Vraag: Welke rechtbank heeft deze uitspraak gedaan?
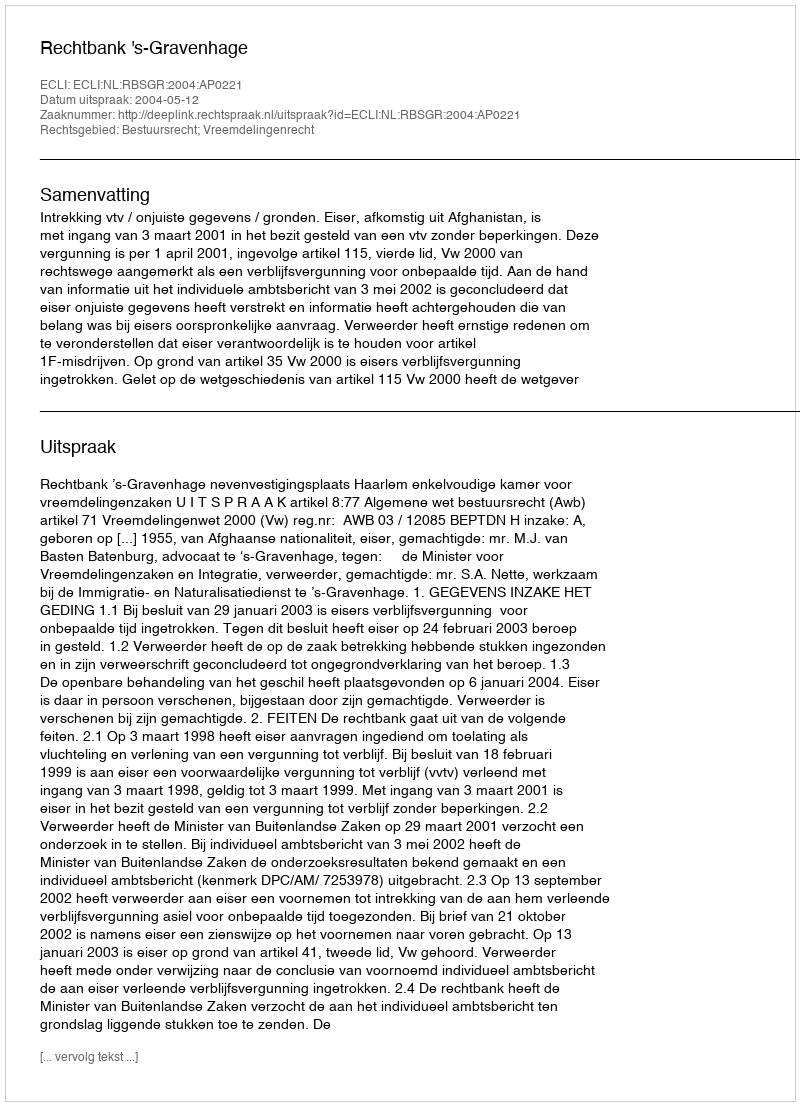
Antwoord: Rechtbank 's-Gravenhage